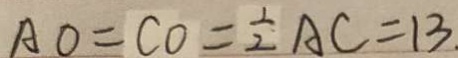
A O = C O = \frac { 1 } { 2 } A C = 1 3 .